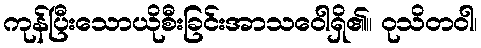
ကုန်ပြီးသောယိုစီးခြင်းအာသဝေါရှိ၏။ ဝုသိတဝါ၊